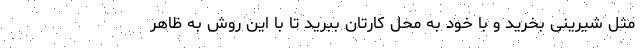
مثل شیرینی بخرید و با خود به محل کارتان ببرید تا با این روش به ظاهر